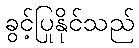
ခွင့်ပြုနိုင်သည်